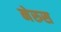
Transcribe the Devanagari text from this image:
नेरुस